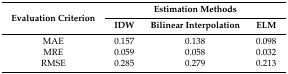
<table><thead><tr><td rowspan="2"><b>Evaluation Criterion</b></td><td colspan="3"><b>Estimation Methods</b></td></tr><tr><td><b>IDW</b></td><td><b>Bilinear Interpolation</b></td><td><b>ELM</b></td></tr></thead><tbody><tr><td>MAE</td><td>0.157</td><td>0.138</td><td>0.098</td></tr><tr><td>MRE</td><td>0.059</td><td>0.058</td><td>0.032</td></tr><tr><td>RMSE</td><td>0.285</td><td>0.279</td><td>0.213</td></tr></tbody></table>